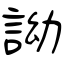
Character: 詏